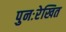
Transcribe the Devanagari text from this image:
पुनःरेखित